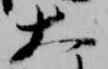
大